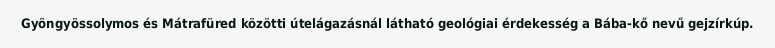
Gyöngyössolymos és Mátrafüred közötti útelágazásnál látható geológiai érdekesség a Bába-kő nevű gejzírkúp.